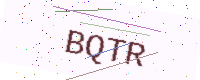
Text: BQTR